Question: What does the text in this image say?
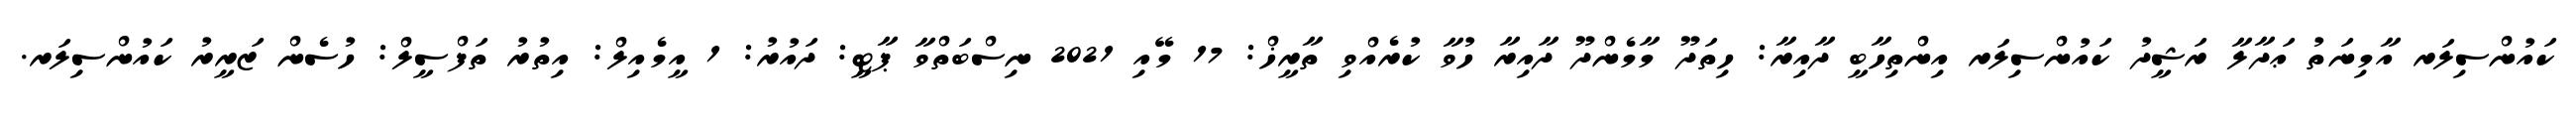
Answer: ކައުންސިލަރ އާމިނަތު ޢަދާލާ ރަޝީދު ކައުންސިލަރ އިންތިހާބީ ދާއިރާ: ހިތަދޫ މާމެންދޫ ދާއިރާ ހުވާ ކުރެއްވި ތާރީޚް: 17 މޭއި 2021 ނިސްބަތްވާ ޕާޓީ: ދައުރު: 1 އީމެއިލް: އިތުރު ތަފްސީލް: ހުސެން ޒަރީރު ކައުންސިލަރ.